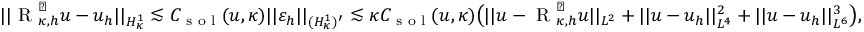
\lvert | \textup { R } _ { \kappa , h } ^ { \perp } u - u _ { h } \rvert | _ { H _ { \kappa } ^ { 1 } } \lesssim C _ { \textup { s o l } } ( u , \kappa ) \lvert | \varepsilon _ { h } \rvert | _ { ( H _ { \kappa } ^ { 1 } ) ^ { \prime } } \lesssim \kappa C _ { \textup { s o l } } ( u , \kappa ) \bigl ( \lvert | u - \textup { R } _ { \kappa , h } ^ { \perp } u \rvert | _ { L ^ { 2 } } + \lvert | u - u _ { h } \rvert | _ { L ^ { 4 } } ^ { 2 } + \lvert | u - u _ { h } \rvert | _ { L ^ { 6 } } ^ { 3 } \bigr ) ,